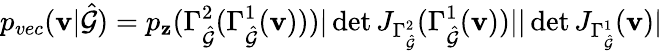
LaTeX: p_{vec}(\mathbf{v}|\hat{\mathcal{G}})=p_{\mathbf{z}}(\Gamma_{\hat{\mathcal{G}}}^{2}(\Gamma_{\hat{\mathcal{G}}}^{1}(\mathbf{v})))|\operatorname*{det}J_{\Gamma_{\hat{\mathcal{G}}}^{2}}(\Gamma_{\hat{\mathcal{G}}}^{1}(\mathbf{v}))||\operatorname*{det}J_{\Gamma_{\hat{\mathcal{G}}}^{1}}(\mathbf{v})|